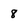
Character: 8